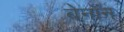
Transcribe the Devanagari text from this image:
बेनॉन